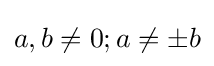
a,b\neq 0;a\neq \pm b